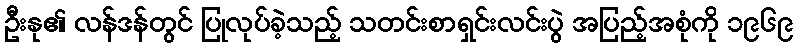
ဦးနု၏ လန်ဒန်တွင် ပြုလုပ်ခဲ့သည့် သတင်းစာရှင်းလင်းပွဲ အပြည့်အစုံကို ၁၉၆၉